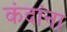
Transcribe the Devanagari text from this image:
कंदांना